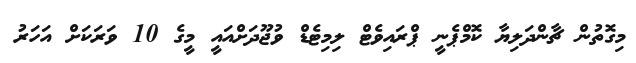
މިގޮތުން ޗާންދަލިޔާ ކޮމްޕެނީ ޕްރައިވެޓް ލިމިޓެޑް ވުޖޫދަށްއައީ މީގެ 10 ވަރަކަށް އަހަރު